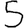
Digit: 5